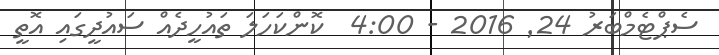
ސެޕްޓެމްބަރު 24